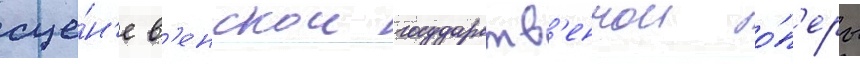
сце́н'е в'енскои государств'еннои о́п'еры